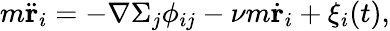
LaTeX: m\ddot{\mathbf{r}}_{i}=-\nabla\Sigma_{j}\phi_{ij}-\nu m\dot{\mathbf{r}}_{i}+\xi_{i}(t),